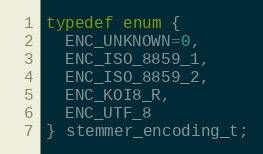
Language: C
typedef enum {
  ENC_UNKNOWN=0,
  ENC_ISO_8859_1,
  ENC_ISO_8859_2,
  ENC_KOI8_R,
  ENC_UTF_8
} stemmer_encoding_t;